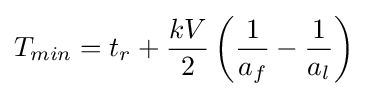
T_{min}=t_{r}+{\frac {kV}{2}}\left({\frac {1}{a_{f}}}-{\frac {1}{a_{l}}}\right)